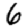
Digit: 6